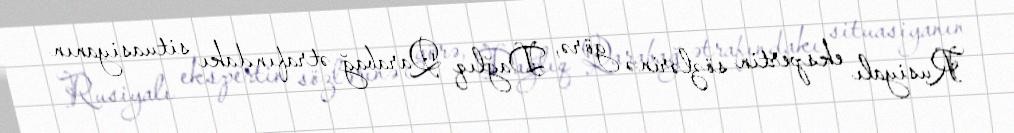
Rusiyalı ekspertin sözlərinə görə, Dağlıq Qarabağ ətrafındakı situasiyanın